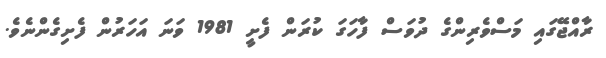
ރާއްޖޭގައި މަސްވެރިންގެ ދުވަސް ފާހަގަ ކުރަން ފެށީ 1981 ވަނަ އަހަރުން ފެށިގެންނެވެ.